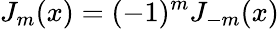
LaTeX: J_{m}(x)=(-1)^{m}J_{-m}(x)